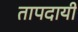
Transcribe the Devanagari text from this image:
तापदायी